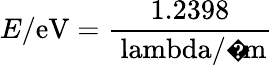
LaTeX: E/{\mathrm{eV}}={\frac{1.2398}{\mathrm{\ lambda}/{\mathrm{�m}}}}